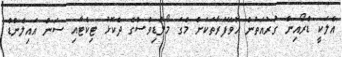
އެލަކީ ޑްރޯއިން ގުރުއަތުން ހޮވޭފަރާތަކަށް މެގަ މޯލްޑިވްސްގެ ދެކޮޅު ޓިކެޓާއި ސަން އައިލެންޑް